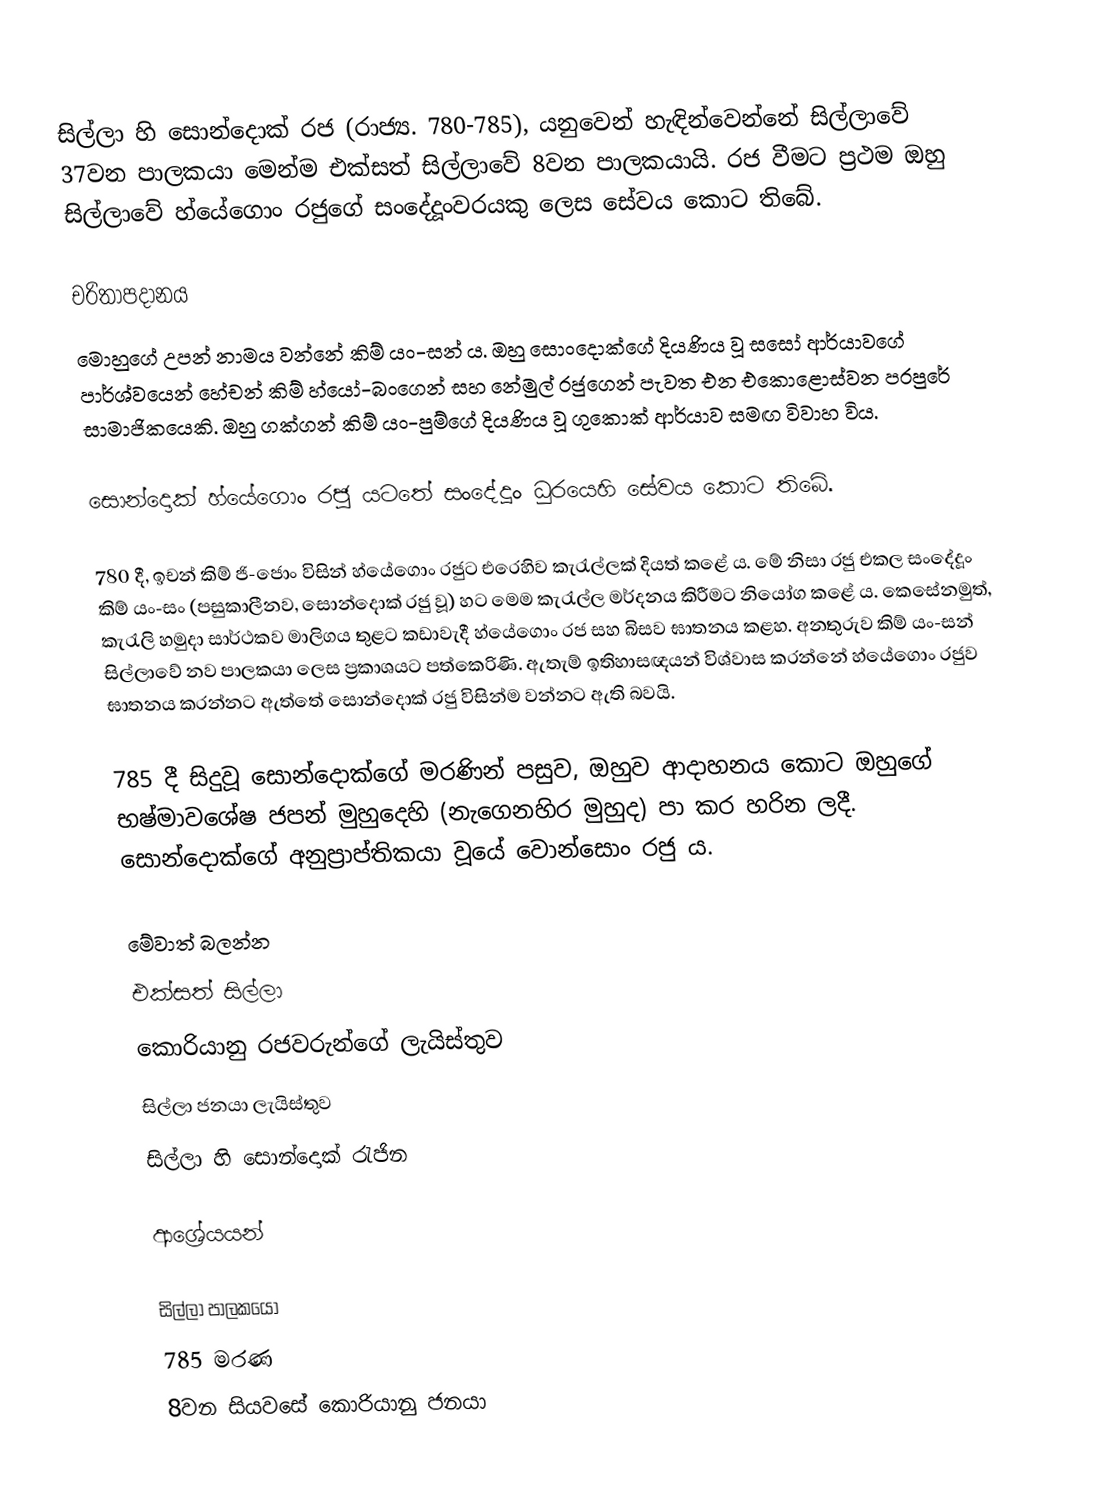
සිල්ලා හි සොන්දොක් රජ (රාජ්‍ය. 780-785), යනුවෙන් හැඳින්වෙන්නේ සිල්ලාවේ 37වන පාලකයා මෙන්ම එක්සත් සිල්ලාවේ 8වන පාලකයායි. රජ වීමට ප්‍රථම ඔහු සිල්ලාවේ හ්යේගොං රජුගේ සංදේදූංවරයකු ලෙස සේවය කොට තිබේ.

චරිතාපදානය
මොහුගේ උපන් නාමය වන්නේ කිම් යං-සන් ය. ඔහු සොංදොක්ගේ දියණිය වූ සසෝ ආර්යාවගේ පාර්ශ්වයෙන් හේචන් කිම් හ්යෝ-බංගෙන් සහ නේමුල් රජුගෙන් පැවත එන එකොළොස්වන පරපුරේ සාමාජිකයෙකි. ඔහු ගක්ගන් කිම් යං-පුම්ගේ දියණිය වූ ගුකොක් ආර්යාව සමඟ විවාහ විය.

සොන්දොක් හ්යේගොං රජු යටතේ සංදේදූං ධුරයෙහි සේවය කොට තිබේ.

780 දී, ඉචන් කිම් ජි-ජොං විසින් හ්යේගොං ‍රජුට එරෙහිව කැරැල්ලක් දියත් කළේ ය. මේ නිසා රජු එකල සංදේදූං කිම් ‍යං-සං (පසුකාලීනව, සොන්දොක් රජු වූ) හට මෙම කැරැල්ල මර්දනය කිරීමට නියෝග කළේ ය. කෙසේනමුත්, කැරැලි හමුදා සාර්ථකව මාලිගය තුළට කඩාවැදී හ්යේගොං ‍රජ සහ බිසව ඝාතනය කළහ. අනතුරුව කිම් යං-සන් සිල්ලාවේ නව පාලකයා ලෙස ප්‍රකාශයට පත්කෙරිණි. ඇතැම් ඉතිහාසඥයන් විශ්වාස කරන්නේ හ්යේගොං ‍රජුව ඝාතනය කරන්නට ඇත්තේ සොන්දොක් රජු විසින්ම වන්නට ඇති බවයි.

785 දී සිදුවූ සොන්දොක්ගේ මරණින් පසුව, ඔහුව ආදාහනය කොට ඔහුගේ භෂ්මාවශේෂ ජපන් මුහුදෙහි (නැගෙනහිර මුහුද) පා කර හරින ලදී. සොන්දොක්ගේ අනුප්‍රාප්තිකයා වූයේ වොන්සොං රජු ය.

මේවාත් බලන්න
එක්සත් සිල්ලා
කොරියානු රජවරුන්ගේ ලැයිස්තුව
සිල්ලා ජනයා ලැයිස්තුව
සිල්ලා හි සොන්දොක් රැජින

ආශ්‍රේයයන්

සිල්ලා පාලකයෝ
785 මරණ
8වන සියවසේ කොරියානු ජනයා